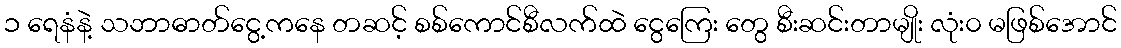
၁ ရေနံနဲ့ သဘာဓာတ်ငွေ့ကနေ တဆင့် စစ်ကောင်စီလက်ထဲ ငွေကြေး တွေ စီးဆင်းတာမျိုး လုံး၀ မဖြစ်အောင်